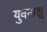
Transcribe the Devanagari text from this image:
युवनाश्च